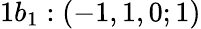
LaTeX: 1b_{1}:(-1,1,0;1)